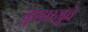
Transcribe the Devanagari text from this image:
कुंभारजुवे